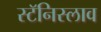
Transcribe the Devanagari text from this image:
स्टॅनिस्लाव